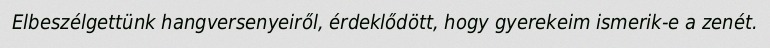
Elbeszélgettünk hangversenyeiről, érdeklődött, hogy gyerekeim ismerik-e a zenét.